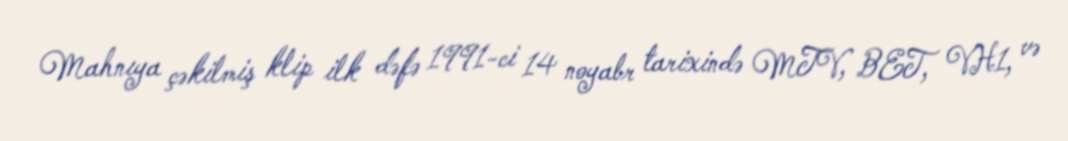
Mahnıya çəkilmiş klip ilk dəfə 1991-ci 14 noyabr tarixində MTV, BET, VH1, və